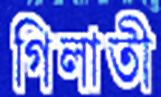
গিলাতী